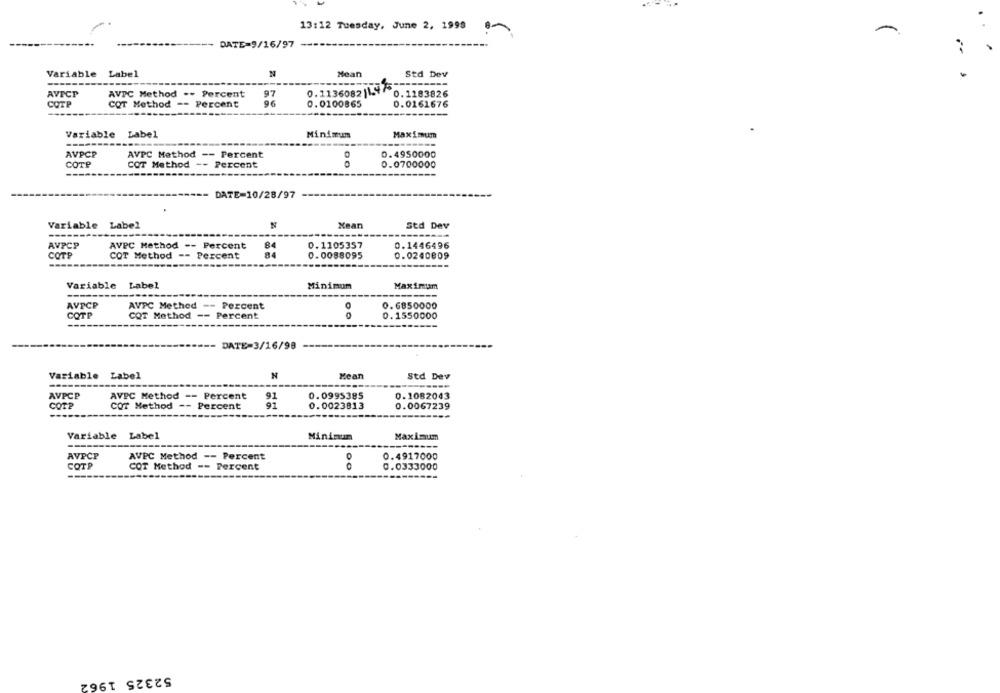
13:12 Tuesday, June 2, 1999
-
---
-----
DATE=9/16/97
Variable Label
N
Mean
Std Dev
0.1136082 1.475
AVECP
AVPC Method -- Percent
97
0. 1283826
COTP
COT Method =- Percent
96
0.0100865
0.0161676
Variable Label
Minimum
Maximum
--------
AVPCP
0.4950000
AVPC Method -- Percent
COTP
COT Method -- Percent
0.0700000
DATE=10/28/97
Variable Label
Xean
Std Dev
--------
AVPCP
AVPC Method -- Percent
84
0.1105357
0.1446496
COTP
COT Method -- Percent
84
0.0088095
0.0240009
Variable Label
Minimum
Maximiam
AVPCP
AVPC Method -- Percent
0. 6850000
COTP
COT Method -- Percent
0.1550000
DATE=3/16/98
Variable Label
N
Mean
Std Dev
AVPCP
0.0995385
0.1082043
AVPC Method -- Percent
91
COTP
COT Method -- Percent
91
0.0023813
0.0067239
Variable Label
Minimum
Maximum
AVPCP
AVEC Method -- Percent
0.4917000
COTP
COT Method -- Percent
00
0.0333000
----
52325 1962